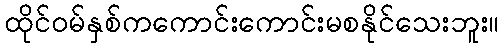
ထိုင်ဝမ်နှစ်ကကောင်းကောင်းမစနိုင်သေးဘူး။